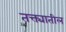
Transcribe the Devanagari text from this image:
तक्त्यातील